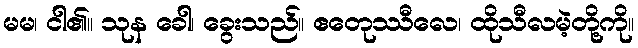
မမ၊ ငါ၏။ သုန ခေါ၊ ခွေးသည်။ ဧတေုဿီလေ၊ ထိုသီလမဲ့တို့ကို။